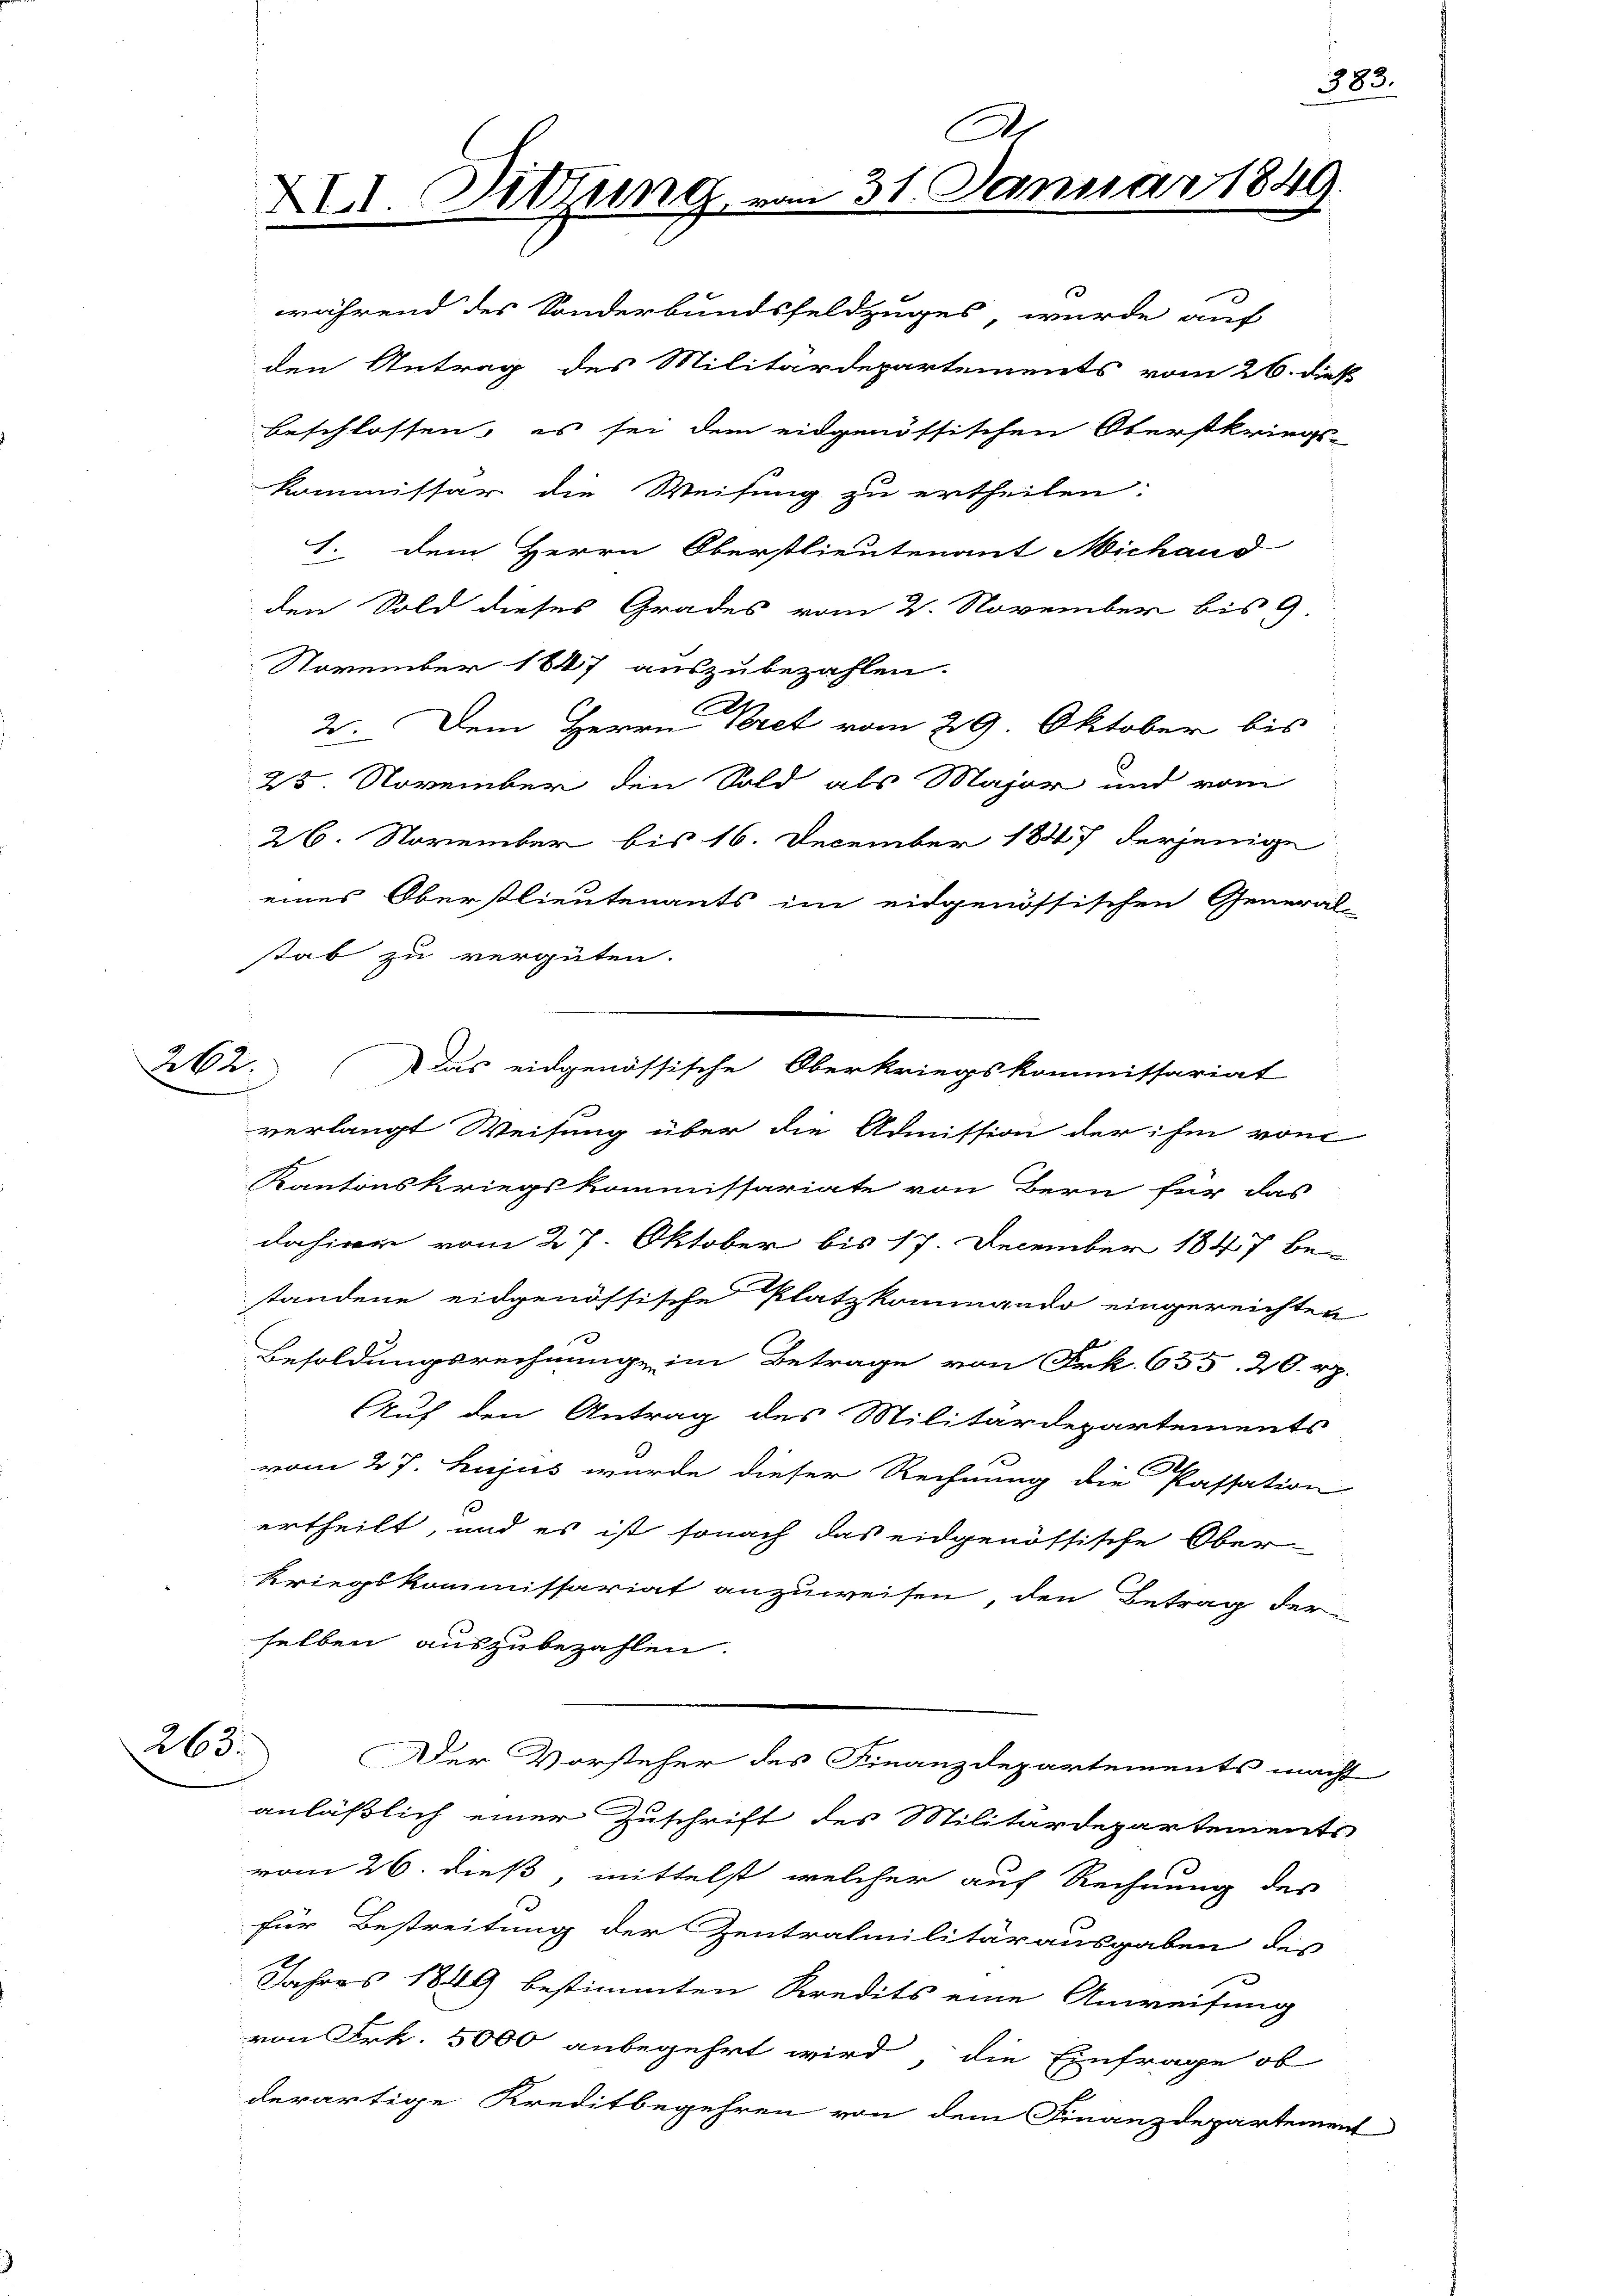
264.

263.

XII. Sitzung

während des Sonderbundsfeldzuges, wurde auf
den Antrag des Militärdepartements vom 26. dieß
beschlossen, es sei dem eidgenössischen Oberstkriegs-
Kommissar die Weisung zu ertheilen:
1. dem Herrn Oberstlieutenant Michand
den Sold dieses Grades vom 2. November bis 9.
November 1847 auszubezahlen.
2. Dem Herrn Pret vom 29. Oktober bis
25. November den Sold als Major und vom
26. November bis 16. December 1847 derjenige
eines Oberstlieutenants im eidgenössischen Gener
stab zu vergüten.
verlangt Weisung über die Admission der ihm von
Kantonskriegskommissariate von Bern für das
dahier vom 27. Oktober bis 17. December 1847 be-
standene eidgenössische Platzkommando eingereichte
Besoldungsrechnunge im Betrage von Frk. 655. 20. r
Auf den Antrag des Militärdepartements
vom 27. hujus wurde dieser Rechnung die Passation
ertheilt, und es ist sonach das eidgenössische Ober
kriegskommissariat anzuweisen, den Betrag der
selben auszubezahlen.
Der Vorsteher des Finanzdepartements ma
anläßlich einer Zuschrift des Militärdeparteien
vom 26. dieß, mittelst welcher auf Rechnung des
für Bestreitung der Zentralmilitärausgaben des
Jahres 1849 bestimmten Kredits eine Anweisung
von Frk. 5000 anbegehrt wird, die Einfrage ob
derartige Kreditbegehren von dem Finanzdepartement

Das eidgenössische Oberkriegskommissariat

Ar
m 31. Januar 1849.

783.

.

.
t

eht
tr